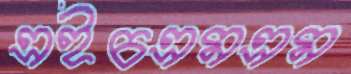
এইচএমএম